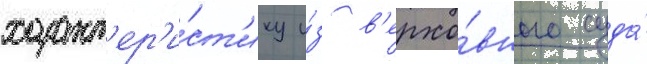
характ'ер'и́ст'ику и́з в'ерхо́вного суда́